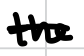
Text: the
Cross-out: single-line
Writing tool: digital_black